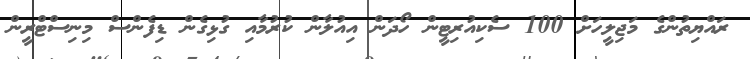
ރައްޔިތުންގެ މަޖިލީހަށް 100 ސެކިއުރިޓީން ހޯދަން އިއުލާން ކުރުމާއި ގުޅިގެން ޑިފެންސް މިނިސްޓްރީން